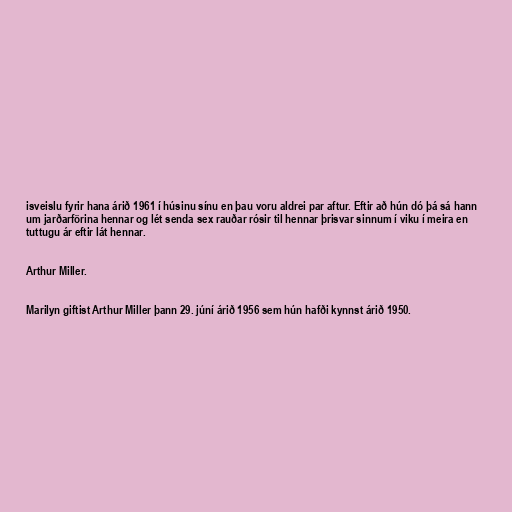
isveislu fyrir hana árið 1961 í húsinu sínu en þau voru aldrei par aftur. Eftir að hún dó þá sá hann
um jarðarförina hennar og lét senda sex rauðar rósir til hennar þrisvar sinnum í viku í meira en
tuttugu ár eftir lát hennar.

Arthur Miller.

Marilyn giftist Arthur Miller þann 29. júní árið 1956 sem hún hafði kynnst árið 1950.